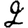
Digit: 2